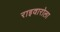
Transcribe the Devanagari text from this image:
राइवारोला